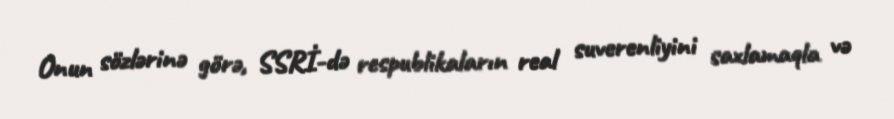
Onun sözlərinə görə, SSRİ-də respublikaların real suverenliyini saxlamaqla və